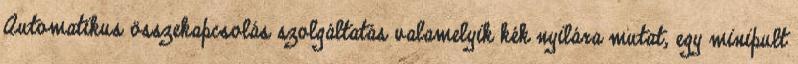
Automatikus összekapcsolás szolgáltatás valamelyik kék nyilára mutat, egy minipult